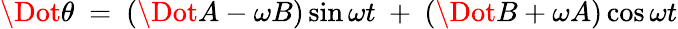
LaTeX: \Dot{\theta}\ =\ (\Dot{A}-\omega B)\sin\omega t\ +\ (\Dot{B}+\omega A)\cos\omega t